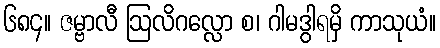
၆၈၄။ ဇမ္ဗာလီ ဩလိဂလ္လော စ၊ ဂါမဒွါရမှိ ကာသုယံ။